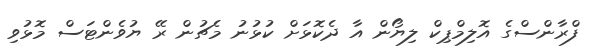
ފްރާންސްގެ އޮލިމްޕިކް ލިޔޯން އާ ދެކޮޅަށް ކުޅުނު މެޗުން ރޭ ޔުވެންޓަސް މޮޅުވި